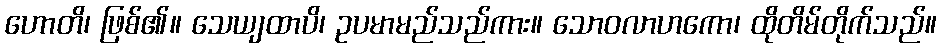
ဟောတိ၊ ဖြစ်၏။ သေယျထာပိ၊ ဥပမာမည်သည်ကား။ သောဝလာဟကော၊ ထိုတိမ်တိုက်သည်။